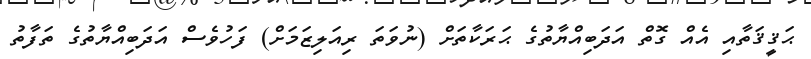
ޙަޤީޤަތާއި އެއް ގޮތް އަދަބިއްޔާތުގެ ޙަރަކާތަށް (ނުވަތަ ރިއަލިޒަމަށް) ފަހުވެސް އަދަބިއްޔާތުގެ ތަފާތު